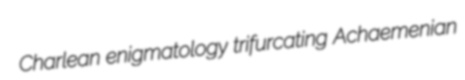
Charlean enigmatology trifurcating Achaemenian